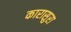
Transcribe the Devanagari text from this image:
कारासुरा